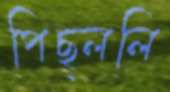
পিছ্‌ললি